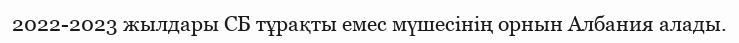
2022-2023 жылдары СБ тұрақты емес мүшесінің орнын Албания алады.